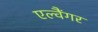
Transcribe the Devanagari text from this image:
एल्वैंगर